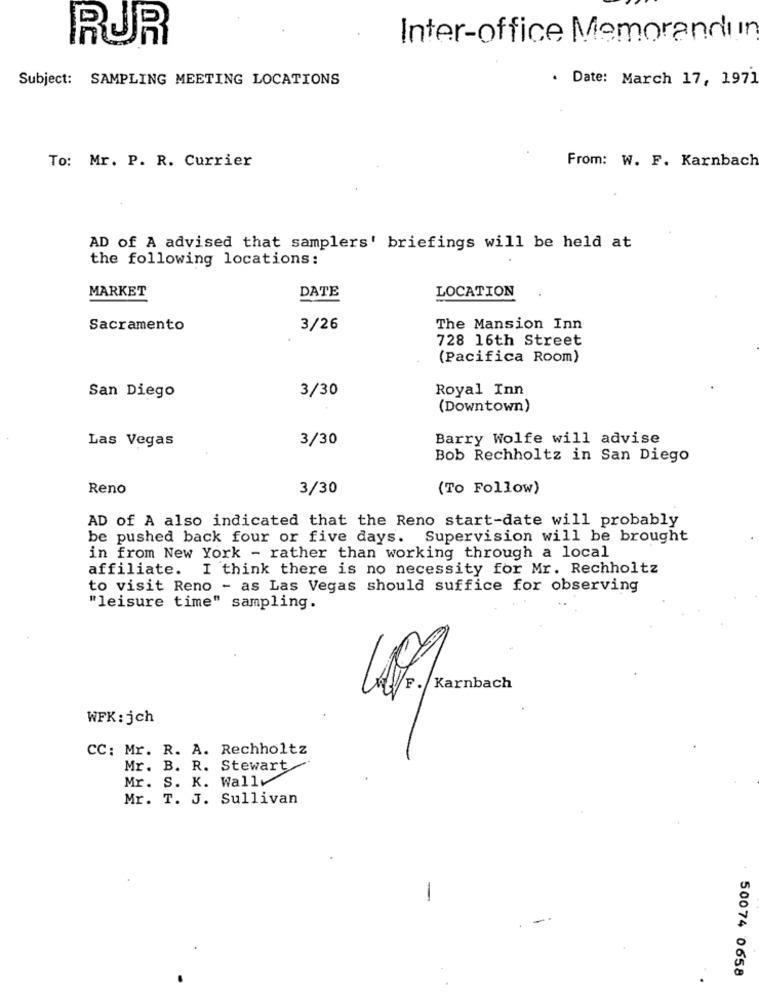
RUR
Inter-office Memorandu ır
Subject: SAMPLING MEETING LOCATIONS
. Date: March 17, 1971
To: Mr. P. R. Currier
From: W. F. Karnbach
AD of A advised that samplers' briefings will be held at
the following locations:
MARKET
DATE
LOCATION
Sacramento
3/26
The Mansion Inn
728 16th Street
(Pacifica Room)
3/30
Royal Inn
San Diego
(Downtown)
Las Vegas
3/30
Barry Wolfe will advise
Bob Rechholtz in San Diego
Reno
3/30
(To Follow)
AD of A also indicated that the Reno start-date will probably
be pushed back four or five days. Supervision will be brought
in from New York - rather than working through a local
affiliate. I think there is no necessity for Mr. Rechholtz
to visit Reno - as Las Vegas should suffice for observing
"leisure time" sampling.
V/F./Karnbach
WFK: jch
CC: Mr. R. A. Rechholtz
Mr. B. R. Stewart
Mr. S. K. Wally
Mr. T. J. Sullivan
50074 0658